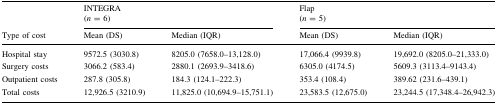
|  | <COLSPAN=2> INTEGRA(n = 6) | <COLSPAN=2> Flap(n = 5) |
 | Type of cost | Mean (DS) | Median (IQR) | Mean (DS) | Median (IQR) |
 | --- | --- | --- | --- | --- |
 | Hospital stay | 9572.5 (3030.8) | 8205.0 (7658.0–13,128.0) | 17,066.4 (9939.8) | 19,692.0 (8205.0–21,333.0) |
 | Surgery costs | 3066.2 (583.4) | 2880.1 (2693.9–3418.6) | 6305.0 (4174.5) | 5609.3 (3113.4–9143.4) |
 | Outpatient costs | 287.8 (305.8) | 184.3 (124.1–222.3) | 353.4 (108.4) | 389.62 (231.6–439.1) |
 | Total costs | 12,926.5 (3210.9) | 11,825.0 (10,694.9–15,751.1) | 23,583.5 (12,675.0) | 23,244.5 (17,348.4–26,942.3) |